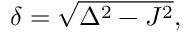
\begin{array} { r } { \delta = \sqrt { \Delta ^ { 2 } - J ^ { 2 } } , } \end{array}